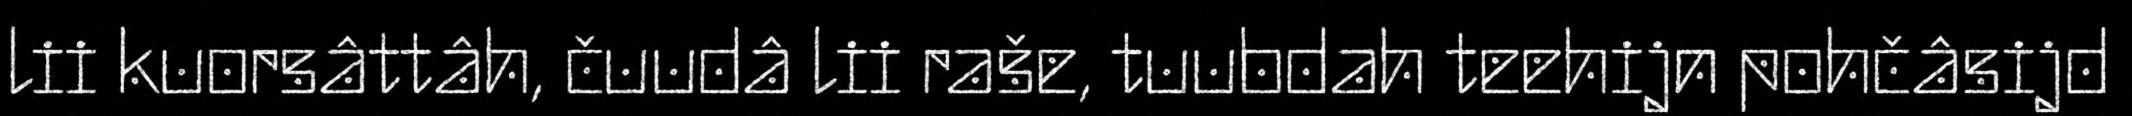
lii kuorsâttâh, čuudâ lii raše, tuubdah teehijn pohčâsijd